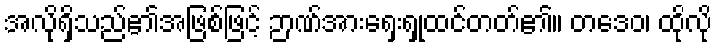
အလိုရှိသည်၏အဖြစ်ဖြင့် ဉာဏ်အားရှေးရှုထင်တတ်၏။ တဒေဝ၊ ထိုလို